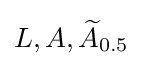
L,A,{\widetilde {A}}_{0.5}